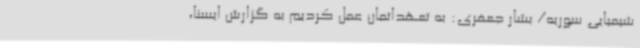
شیمیایی سوریه/ بشار جعفری: به تعهداتمان عمل کردیم به گزارش ایسنا،